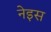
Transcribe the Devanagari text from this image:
नेइस